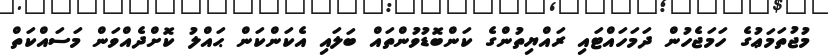
މުޖުތަމަޢުގެ ހަމަޖެހުން ދަމަހައްޓައި ރައްޔިތުންގެ ކަންބޮޑުވުންތައް ބަލައި އެކަންކަން ޙައްލު ކޮށްދެއްވަން މަސައްކަތް